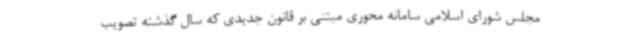
مجلس شورای اسلامی سامانه محوری مبتنی بر قانون جدیدی که سال گذشته تصویب